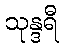
သုန္ဒရီ